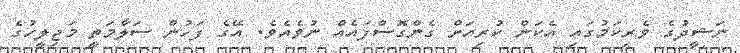
ނަޝީދުގެ ވެރިކަމުގައި އެކަން ކުރިއަށް ގެންގޮސްފައެއް ނުވެއެވެ. އޭގެ ފަހުން ސަލާމަތީ މަޖިލީހުގެ